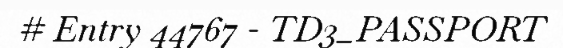
# Entry 44767 - TD3_PASSPORT